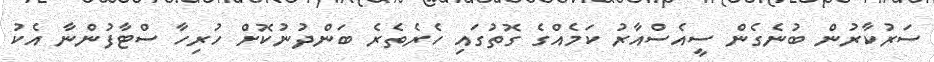
ސަރުކާރުން ބުނެގެން ސީއެސްއާރު ކަމެއްގެ ގޮތުގައި ހެރެތެރެ ބަންދުނުކޮށް ހުރިހާ ސްޓާފުންނާ އެކު